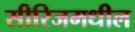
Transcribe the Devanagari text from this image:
सीरिजमधील